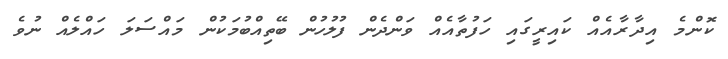
ކޮންމެ އިދާރާއެއް ކައިރީގައި ހަފުތާއެއް ވަންދެން ފުލުހުން ބޭތިއްބުމަކުން މައްސަލަ ހައްލެއް ނުވެ